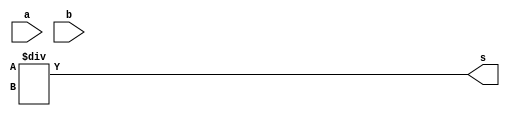
module div_8_assign (a, b, s);
input signed [7:0] a, b;
output signed [8:0] s;

assign s = c / d;

endmodule